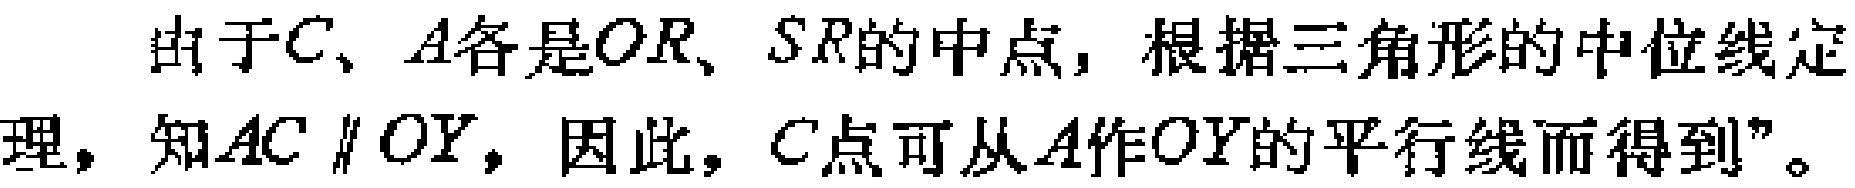
由于\(C\)、\(A\)各是\(OR\)、\(SR\)的中点，根据三角形的中位线定理，知\(AC \parallel OY\)，因此，\(C\)点可从\(A\)作\(OY\)的平行线而得到”。